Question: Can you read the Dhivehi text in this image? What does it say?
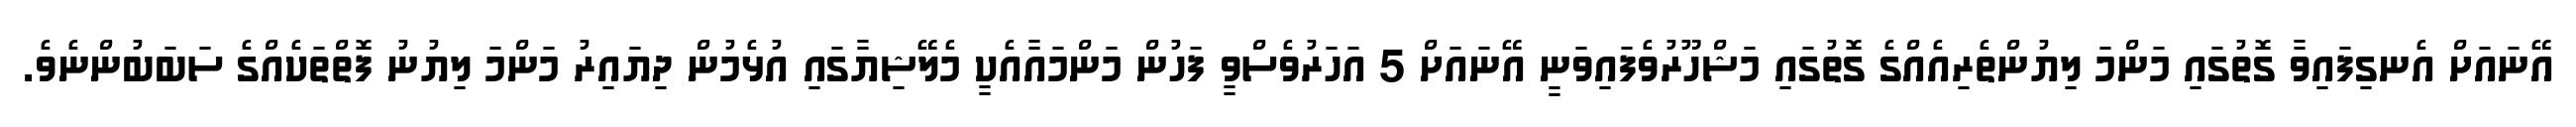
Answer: އޭނައަށް އެނގިފައިވާ ގޮތުގައި މަންމަ ލިޔުންތެރިއެއްގެ ގޮތުގައި މަޝްހޫރުވެފައިވަނީ އޭނައަށް 5 އަހަރުވެސްވީ ފަހުން މަންމައާއެކީ މެލޭޝިޔާގައި އުޅެމުން ދިޔައިރު މަންމަ ލިޔުނު ފޮތްތަކެއްގެ ސަބަބުންނެވެ.